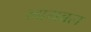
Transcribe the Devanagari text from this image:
लायबल